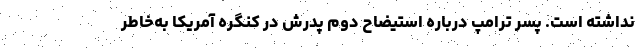
نداشته است. پسر ترامپ درباره استیضاح دوم پدرش در کنگره آمریکا به‌خاطر